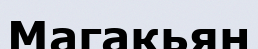
Магакьян